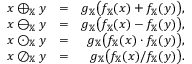
\begin{array} { r l r } { x \oplus _ { \mathbb { X } } y } & { = } & { g _ { \mathbb { X } } \big ( f _ { \mathbb { X } } ( x ) + f _ { \mathbb { X } } ( y ) \big ) , } \\ { x \ominus _ { \mathbb { X } } y } & { = } & { g _ { \mathbb { X } } \big ( f _ { \mathbb { X } } ( x ) - f _ { \mathbb { X } } ( y ) \big ) , } \\ { x \odot _ { \mathbb { X } } y } & { = } & { g _ { \mathbb { X } } \big ( f _ { \mathbb { X } } ( x ) \cdot f _ { \mathbb { X } } ( y ) \big ) , } \\ { x \oslash _ { \mathbb { X } } y } & { = } & { g _ { \mathbb { X } } \big ( f _ { \mathbb { X } } ( x ) / f _ { \mathbb { X } } ( y ) \big ) . } \end{array}